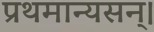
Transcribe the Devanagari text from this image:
प्रथमान्यसन्।